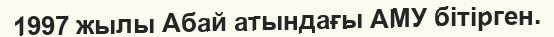
1997 жылы Абай атындағы АМУ бітірген.